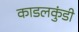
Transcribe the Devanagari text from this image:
काडलकुंडी